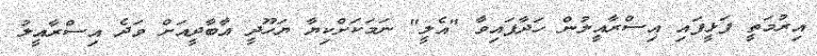
އިރުމަތީ ފަޅީފައި އިސްރާއީލުން ހަދާފައިވާ "އެލީ" ނަމަކަށްކިޔާ ޔަހޫދީ އާބާދީއަށް ވަދެ އިސްރާއީލު